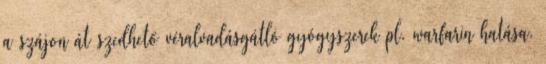
a szájon át szedhető véralvadásgátló gyógyszerek pl. warfarin hatása.